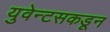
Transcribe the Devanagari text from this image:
युवेन्टसकडून